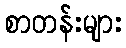
စာတန်းများ